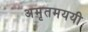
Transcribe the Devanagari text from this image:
अमृतमययी